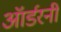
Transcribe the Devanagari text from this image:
ऑर्डरनी